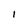
Character: 1